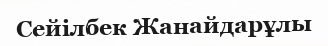
Сейілбек Жанайдарұлы